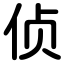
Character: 侦